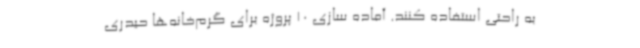
به راحتی استفاده کنند. آماده سازی 10 پروژه برای گرم‌خانه‌ها حیدری